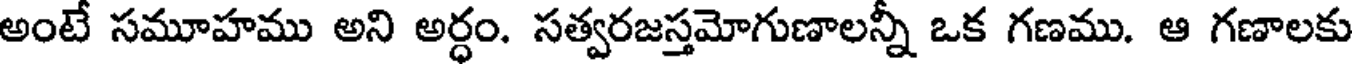
అంటే సమూహము అని అర్ధం. సత్వరజస్తమోగుణాలన్నీ ఒక గణము. ఆ గణాలకు